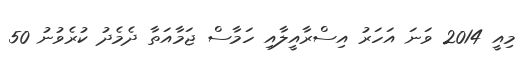
މިއީ 2014 ވަނަ އަހަރު އިސްރާއީލާއި ހަމާސް ޖަމާއަތާ ދެމެދު ކުރެވުނު 50